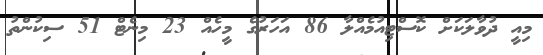
މިއީ ދުވާލަކަށް ކޮސްޓިއުމެއްލާ 86 އަހަރުގެ މީހެއް 23 މިނެޓް 51 ސިކުންތު